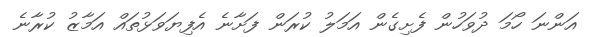
އަންނަ ހޯމަ ދުވަހުން ފެށިގެން އަމަލު ކުރަން ފަށާނެ އެފިޔަވަޅުތައް އަމާޒު ކުރާނެ